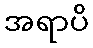
အရာပိ